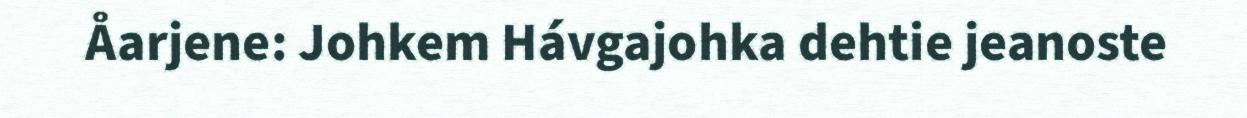
Åarjene: Johkem Hávgajohka dehtie jeanoste